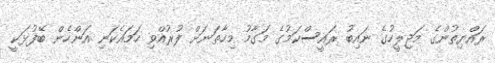
ރައްޔިތުންގެ މަޖިލީހުގެ ނައިބު ރައީސްކަމުގެ މަގާމު މިހާތަނަށް ފުރުއްވި ހަމައެކަނި އަންހެން ބޭފުޅަކީ